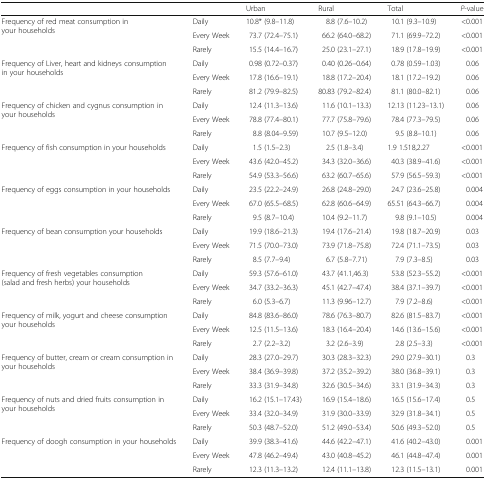
<table><thead><tr><td colspan="2"></td><td><b>Urban</b></td><td><b>Rural</b></td><td><b>Total</b></td><td><b><i>P</i>-value</b></td></tr></thead><tbody><tr><td rowspan="3">Frequency of red meat consumption in your households</td><td>Daily</td><td>10.8* (9.8–11.8)</td><td>8.8 (7.6–10.2)</td><td>10.1 (9.3–10.9)</td><td>&lt;0.001</td></tr><tr><td>Every Week</td><td>73.7 (72.4–75.1)</td><td>66.2 (64.0–68.2)</td><td>71.1 (69.9–72.2)</td><td>&lt;0.001</td></tr><tr><td>Rarely</td><td>15.5 (14.4–16.7)</td><td>25.0 (23.1–27.1)</td><td>18.9 (17.8–19.9)</td><td>&lt;0.001</td></tr><tr><td rowspan="3">Frequency of Liver, heart and kidneys consumption in your households</td><td>Daily</td><td>0.98 (0.72–0.37)</td><td>0.40 (0.26–0.64)</td><td>0.78 (0.59–1.03)</td><td>0.06</td></tr><tr><td>Every Week</td><td>17.8 (16.6–19.1)</td><td>18.8 (17.2–20.4)</td><td>18.1 (17.2–19.2)</td><td>0.06</td></tr><tr><td>Rarely</td><td>81.2 (79.9–82.5)</td><td>80.83 (79.2–82.4)</td><td>81.1 (80.0–82.1)</td><td>0.06</td></tr><tr><td rowspan="3">Frequency of chicken and cygnus consumption in your households</td><td>Daily</td><td>12.4 (11.3–13.6)</td><td>11.6 (10.1–13.3)</td><td>12.13 (11.23–13.1)</td><td>0.06</td></tr><tr><td>Every Week</td><td>78.8 (77.4–80.1)</td><td>77.7 (75.8–79.6)</td><td>78.4 (77.3–79.5)</td><td>0.06</td></tr><tr><td>Rarely</td><td>8.8 (8.04–9.59)</td><td>10.7 (9.5–12.0)</td><td>9.5 (8.8–10.1)</td><td>0.06</td></tr><tr><td rowspan="3">Frequency of fish consumption in your households</td><td>Daily</td><td>1.5 (1.5–2.3)</td><td>2.5 (1.8–3.4)</td><td>1.9 1.518,2.27</td><td>&lt;0.001</td></tr><tr><td>Every Week</td><td>43.6 (42.0–45.2)</td><td>34.3 (32.0–36.6)</td><td>40.3 (38.9–41.6)</td><td>&lt;0.001</td></tr><tr><td>Rarely</td><td>54.9 (53.3–56.6)</td><td>63.2 (60.7–65.6)</td><td>57.9 (56.5–59.3)</td><td>&lt;0.001</td></tr><tr><td rowspan="3">Frequency of eggs consumption in your households</td><td>Daily</td><td>23.5 (22.2–24.9)</td><td>26.8 (24.8–29.0)</td><td>24.7 (23.6–25.8)</td><td>0.004</td></tr><tr><td>Every Week</td><td>67.0 (65.5–68.5)</td><td>62.8 (60.6–64.9)</td><td>65.51 (64.3–66.7)</td><td>0.004</td></tr><tr><td>Rarely</td><td>9.5 (8.7–10.4)</td><td>10.4 (9.2–11.7)</td><td>9.8 (9.1–10.5)</td><td>0.004</td></tr><tr><td rowspan="3">Frequency of bean consumption your households</td><td>Daily</td><td>19.9 (18.6–21.3)</td><td>19.4 (17.6–21.4)</td><td>19.8 (18.7–20.9)</td><td>0.03</td></tr><tr><td>Every Week</td><td>71.5 (70.0–73.0)</td><td>73.9 (71.8–75.8)</td><td>72.4 (71.1–73.5)</td><td>0.03</td></tr><tr><td>Rarely</td><td>8.5 (7.7–9.4)</td><td>6.7 (5.8–7.71)</td><td>7.9 (7.3–8.5)</td><td>0.03</td></tr><tr><td rowspan="3">Frequency of fresh vegetables consumption (salad and fresh herbs) your households</td><td>Daily</td><td>59.3 (57.6–61.0)</td><td>43.7 (41.1,46.3)</td><td>53.8 (52.3–55.2)</td><td>&lt;0.001</td></tr><tr><td>Every Week</td><td>34.7 (33.2–36.3)</td><td>45.1 (42.7–47.4)</td><td>38.4 (37.1–39.7)</td><td>&lt;0.001</td></tr><tr><td>Rarely</td><td>6.0 (5.3–6.7)</td><td>11.3 (9.96–12.7)</td><td>7.9 (7.2–8.6)</td><td>&lt;0.001</td></tr><tr><td rowspan="3">Frequency of milk, yogurt and cheese consumption your households</td><td>Daily</td><td>84.8 (83.6–86.0)</td><td>78.6 (76.3–80.7)</td><td>82.6 (81.5–83.7)</td><td>&lt;0.001</td></tr><tr><td>Every Week</td><td>12.5 (11.5–13.6)</td><td>18.3 (16.4–20.4)</td><td>14.6 (13.6–15.6)</td><td>&lt;0.001</td></tr><tr><td>Rarely</td><td>2.7 (2.2–3.2)</td><td>3.2 (2.6–3.9)</td><td>2.8 (2.5–3.3)</td><td>&lt;0.001</td></tr><tr><td rowspan="3">Frequency of butter, cream or cream consumption in your households</td><td>Daily</td><td>28.3 (27.0–29.7)</td><td>30.3 (28.3–32.3)</td><td>29.0 (27.9–30.1)</td><td>0.3</td></tr><tr><td>Every Week</td><td>38.4 (36.9–39.8)</td><td>37.2 (35.2–39.2)</td><td>38.0 (36.8–39.1)</td><td>0.3</td></tr><tr><td>Rarely</td><td>33.3 (31.9–34.8)</td><td>32.6 (30.5–34.6)</td><td>33.1 (31.9–34.3)</td><td>0.3</td></tr><tr><td rowspan="3">Frequency of nuts and dried fruits consumption in your households</td><td>Daily</td><td>16.2 (15.1–17.43)</td><td>16.9 (15.4–18.6)</td><td>16.5 (15.6–17.4)</td><td>0.5</td></tr><tr><td>Every Week</td><td>33.4 (32.0–34.9)</td><td>31.9 (30.0–33.9)</td><td>32.9 (31.8–34.1)</td><td>0.5</td></tr><tr><td>Rarely</td><td>50.3 (48.7–52.0)</td><td>51.2 (49.0–53.4)</td><td>50.6 (49.3–52.0)</td><td>0.5</td></tr><tr><td rowspan="3">Frequency of doogh consumption in your households</td><td>Daily</td><td>39.9 (38.3–41.6)</td><td>44.6 (42.2–47.1)</td><td>41.6 (40.2–43.0)</td><td>0.001</td></tr><tr><td>Every Week</td><td>47.8 (46.2–49.4)</td><td>43.0 (40.8–45.2)</td><td>46.1 (44.8–47.4)</td><td>0.001</td></tr><tr><td>Rarely</td><td>12.3 (11.3–13.2)</td><td>12.4 (11.1–13.8)</td><td>12.3 (11.5–13.1)</td><td>0.001</td></tr></tbody></table>